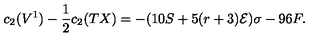
c _ { 2 } ( V ^ { 1 } ) - \frac { 1 } { 2 } c _ { 2 } ( T X ) = - ( 1 0 S + 5 ( r + 3 ) { \cal { E } } ) \sigma - 9 6 F .